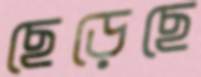
ছেড়েছে